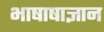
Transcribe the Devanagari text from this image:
भाषाषाज्ञान